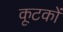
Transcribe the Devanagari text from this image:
कूटकों